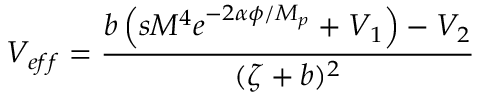
V _ { e f f } = \frac { b \left( s M ^ { 4 } e ^ { - 2 \alpha \phi / M _ { p } } + V _ { 1 } \right) - V _ { 2 } } { ( \zeta + b ) ^ { 2 } }